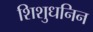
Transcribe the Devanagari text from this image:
शिशुधनिन